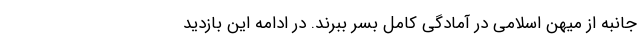
جانبه از میهن اسلامی در آمادگی کامل بسر ببرند. در ادامه این بازدید